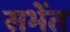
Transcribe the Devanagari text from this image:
सभेंत